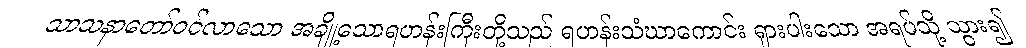
သာသနာတော်ဝင်လာသော အချို့သောရဟန်းကြီးတို့သည် ရဟန်းသံဃာကောင်း ရှားပါးသော အရပ်သို့ သွား၍